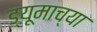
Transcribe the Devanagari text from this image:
ड्यूमाच्या